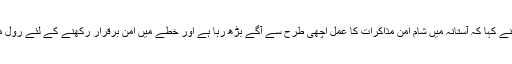
ایرانی اسپکر نے کہا کہ آستانہ میں شام امن مذاکرات کا عمل اچھی طرح سے آگے بڑھ رہا ہے اور خطے میں امن برقرار رکھنے کے لئے رول ماڈل بھی ہے۔